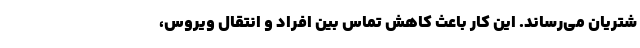
شتریان می‌رساند. این کار باعث کاهش تماس بین افراد و انتقال ویروس،